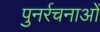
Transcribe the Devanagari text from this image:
पुनर्रचनाओं